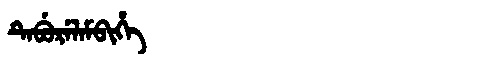
Manchu: ᡨᡝᠪᡠᡵᡝᠯᠠᠮᠪᡳᡥᡝ
Romanization: TEBURELAMBIHE